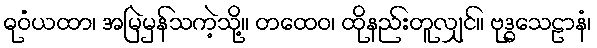
ဓုဝံယထာ၊ အမြဲမှန်သကဲ့သို့။ တထေဝ၊ ထိုနည်းတူလျှင်။ ဗုဒ္ဓသေဠာနံ၊